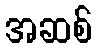
အဆစ်